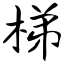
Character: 梯